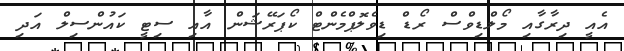
އެއީ ދިރާގާއި މޯލްޑިވްސް ރޯޑް ޑިވެލޮޕްމެންޓް ކޯޕަރޭޝަން އާއި ސިޓީ ކައުންސިލް އަދި